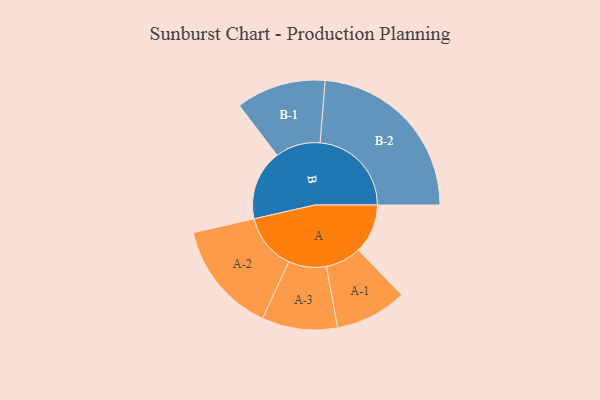
{"axis": {"x": "Segment", "y": "Value"}, "legend": ["", "A", "B"], "data": [{"x": "A", "y": 158, "type": ""}, {"x": "B", "y": 225, "type": ""}, {"x": "A-1", "y": 115, "type": "A"}, {"x": "A-2", "y": 180, "type": "A"}, {"x": "A-3", "y": 121, "type": "A"}, {"x": "B-1", "y": 144, "type": "B"}, {"x": "B-2", "y": 293, "type": "B"}]}